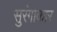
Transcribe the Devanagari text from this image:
सुरंगाकार